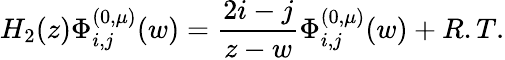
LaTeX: H_{2}(z)\Phi_{i,j}^{(0,\mu)}(w)=\frac{2i-j}{z-w}\Phi_{i,j}^{(0,\mu)}(w)+R.T.